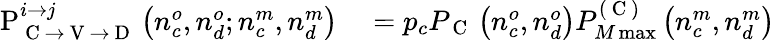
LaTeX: \begin{array}{rl}{\mathrm{P}_{\mathrm{~C~}\rightarrow\mathrm{~V~}\rightarrow\mathrm{~D~}}^{i\rightarrow j}\left(n_{c}^{o},n_{d}^{o};n_{c}^{m},n_{d}^{m}\right)}&{{}=p_{c}P_{\mathrm{~C~}}\left(n_{c}^{o},n_{d}^{o}\right)P_{M\operatorname*{max}}^{(\mathrm{~C~})}\left(n_{c}^{m},n_{d}^{m}\right)}\end{array}